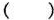
( )